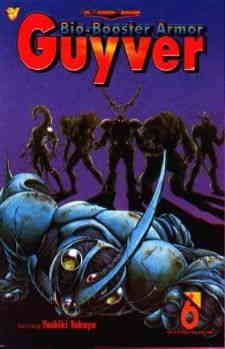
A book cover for Bio-Booster Armor Guyver comic book "Destructive" - No 6 - 1994; Yoshiki Takaya; Comics & Graphic Novels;